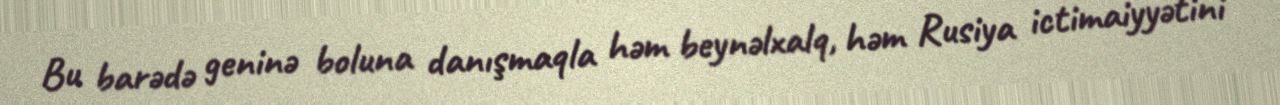
Bu barədə geninə boluna danışmaqla həm beynəlxalq, həm Rusiya ictimaiyyətini